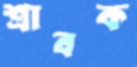
শ্রাবক